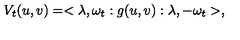
V _ { t } ( u , v ) = < \lambda , \omega _ { t } : g ( u , v ) : \lambda , - \omega _ { t } > ,